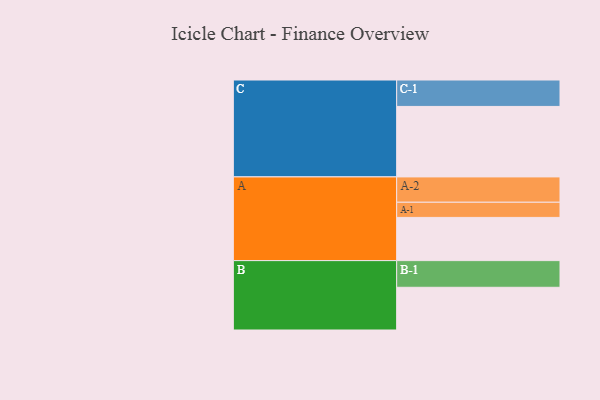
{"axis": {"x": "Segment", "y": "Value"}, "legend": ["", "A", "B", "C"], "data": [{"x": "A", "y": 353, "type": ""}, {"x": "B", "y": 349, "type": ""}, {"x": "C", "y": 576, "type": ""}, {"x": "A-1", "y": 124, "type": "A"}, {"x": "A-2", "y": 207, "type": "A"}, {"x": "B-1", "y": 218, "type": "B"}, {"x": "C-1", "y": 216, "type": "C"}]}